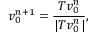
v _ { 0 } ^ { n + 1 } = \frac { T v _ { 0 } ^ { n } } { | T v _ { 0 } ^ { n } | } ,